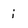
Character: i